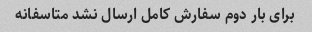
برای بار دوم سفارش کامل ارسال نشد متاسفانه